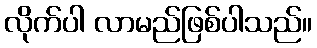
လိုက်ပါ လာမည်ဖြစ်ပါသည်။